Annual report of the Camel Specialist
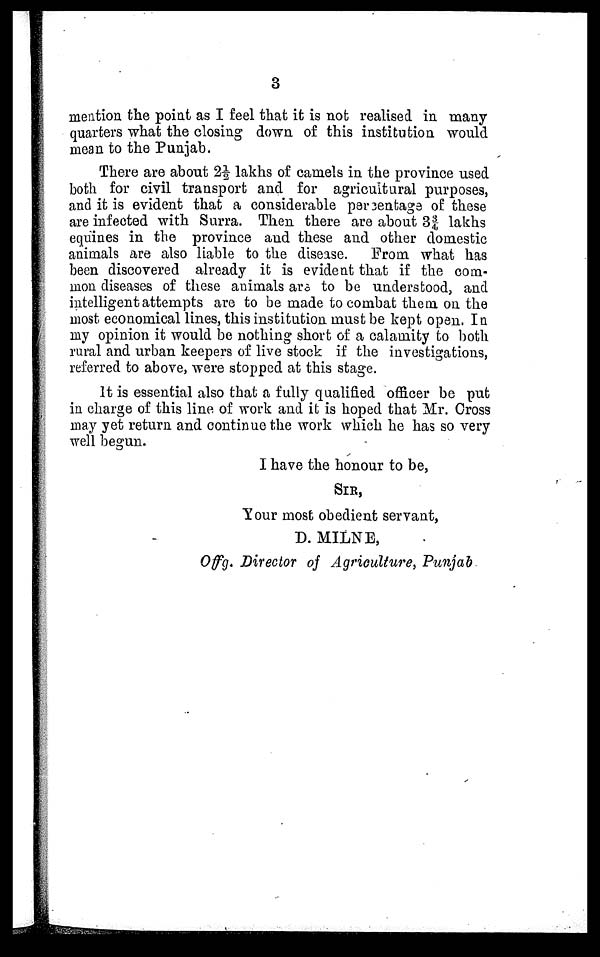
3
mention the point as I feel that it is not realised in many
quarters what the closing down of this institution would
mean to the Punjab.
There are about 2½ lakhs of camels in the province used
both for civil transport and for agricultural purposes,
and it is evident that a considerable percentage of these
are infected with Surra. Then there are about 3 3/4 lakhs
equines in the province and these and other domestic
animals are also liable to the disease. From what has
been discovered already it is evident that if the com-
mon diseases of these animals are to be understood, and
intelligent attempts are to be made to combat them on the
most economical lines, this institution must be kept open. In
my opinion it would be nothing short of a calamity to both
rural and urban keepers of live stock if the investigations,
referred to above, were stopped at this stage.
It is essential also that a fully qualified officer be put
in charge of this line of work and it is hoped that Mr. Cross
may yet return and continue the work which he has so very
well begun.
I have the honour to be,
SIR,
Your most obedient servant,
D. MILNE,
Offg. Director of Agriculture, Punjab.